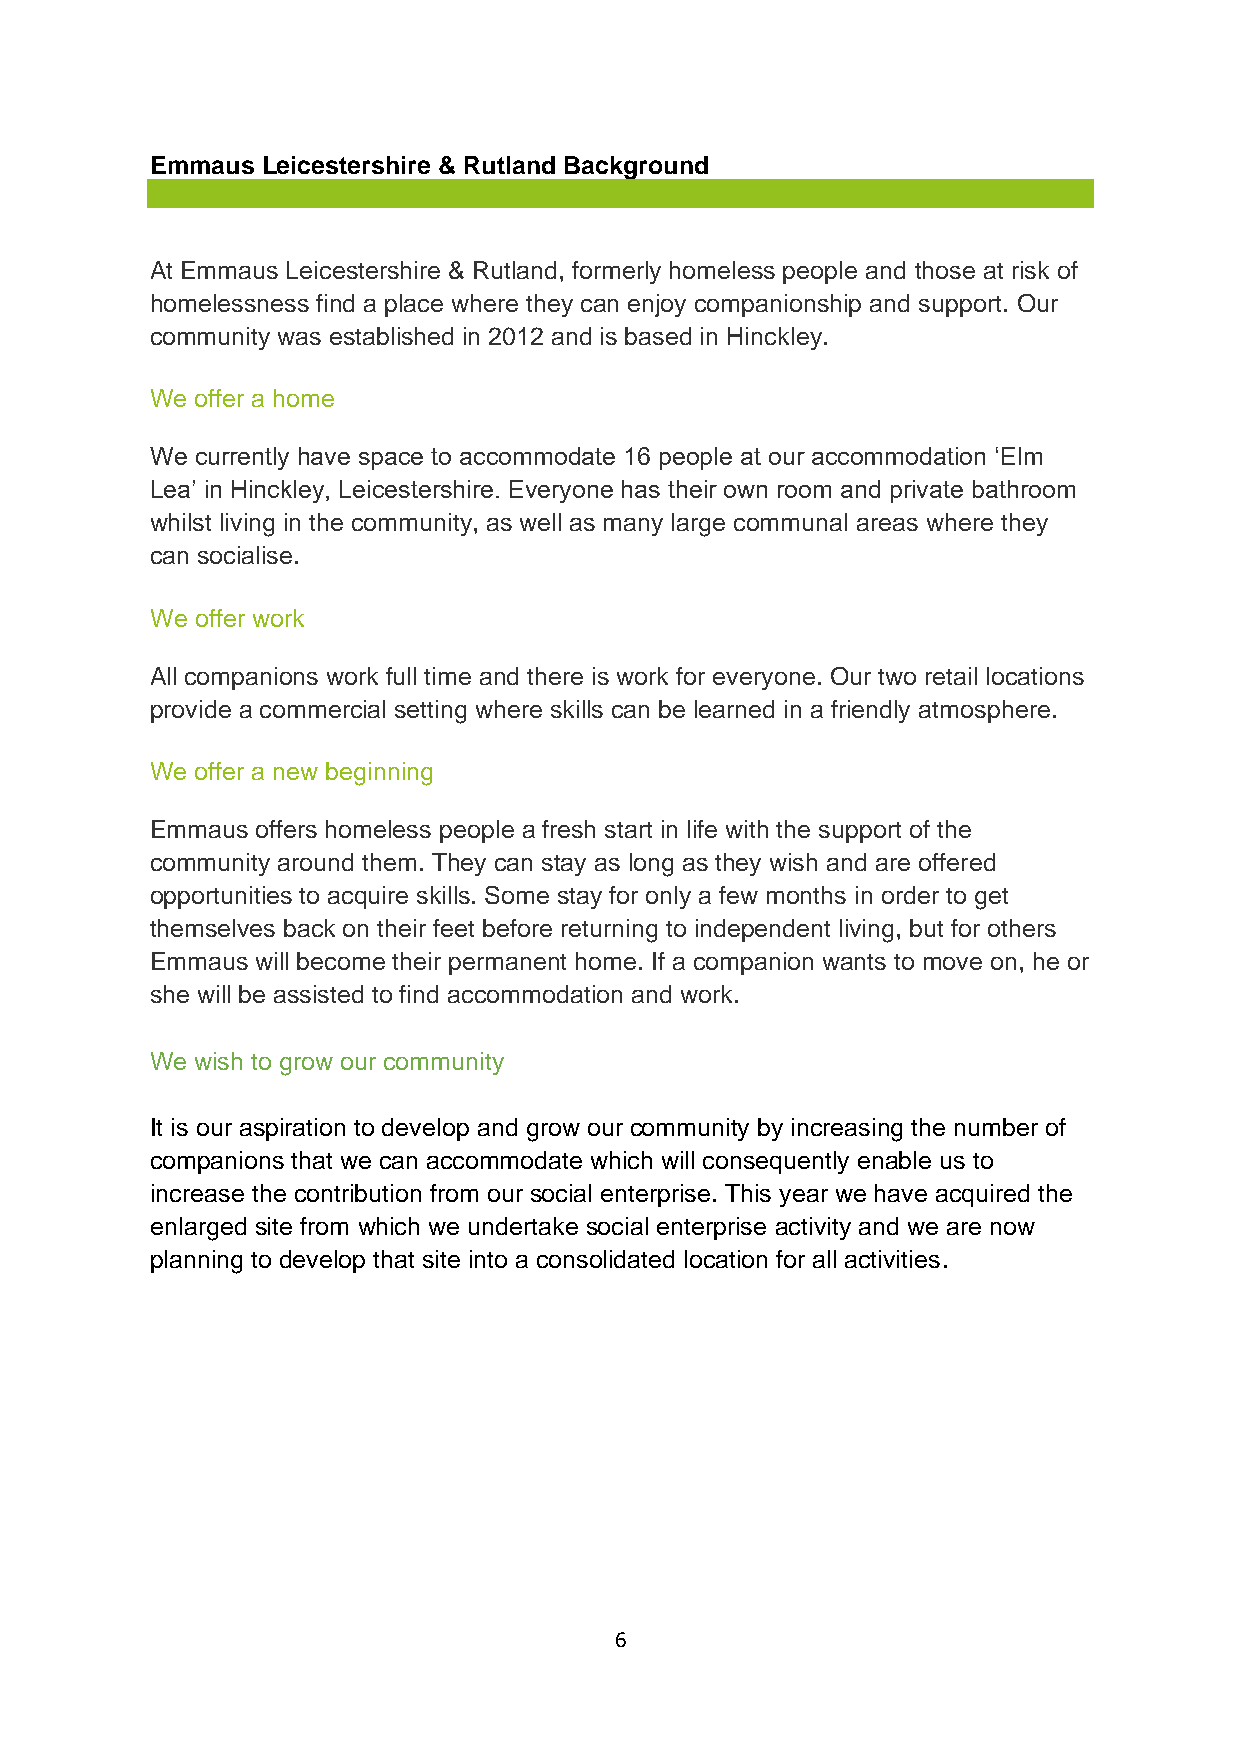
Emmaus Leicestershire & Rutland Background
 At Emmaus Leicestershire & Rutland, formerly homeless people and those at risk of
 homelessness find a place where they can enjoy companionship and support. Our
 community was established in 2012 and is based in Hinckley.
 We offer a home
 We currently have space to accommodate 16 people at our accommodation ‘Elm
 Lea’ in Hinckley, Leicestershire. Everyone has their own room and private bathroom
 whilst living in the community, as well as many large communal areas where they
 can socialise.
 We offer work
 All companions work full time and there is work for everyone. Our two retail locations
 provide a commercial setting where skills can be learned in a friendly atmosphere.
 We offer a new beginning
 Emmaus offers homeless people a fresh start in life with the support of the
 community around them. They can stay as long as they wish and are offered
 opportunities to acquire skills. Some stay for only a few months in order to get
 themselves back on their feet before returning to independent living, but for others
 Emmaus will become their permanent home. If a companion wants to move on, he or
 she will be assisted to find accommodation and work.
 We wish to grow our community
 It is our aspiration to develop and grow our community by increasing the number of
 companions that we can accommodate which will consequently enable us to
 increase the contribution from our social enterprise. This year we have acquired the
 enlarged site from which we undertake social enterprise activity and we are now
 planning to develop that site into a consolidated location for all activities.
 6